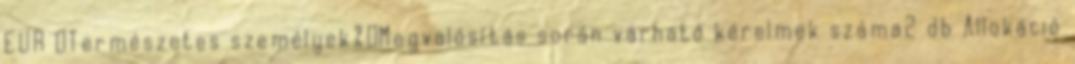
EUR ▪Természetes személyek%▪Megvalósítás során várható kérelmek száma2 db Allokáció